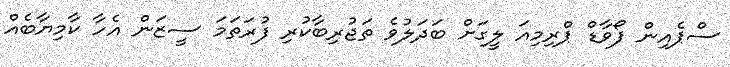
ސްޕެއިން ފޯވާޑް ޕްރިމިއަ ލީގަށް ބަދަލުވެ ތަޖުރިބާކުރި ފުރަތަމަ ސީޒަން އެހާ ކާމިޔާބެއް